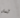
تدل